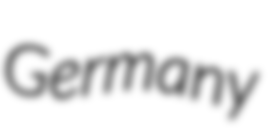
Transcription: Germany